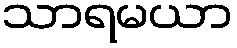
သာရမယာ